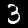
Digit: 3